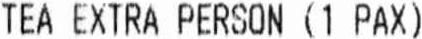
TEA EXTRA PERSON (1 PAX)